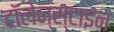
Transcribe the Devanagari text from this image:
टॉलेन्स्टाइन